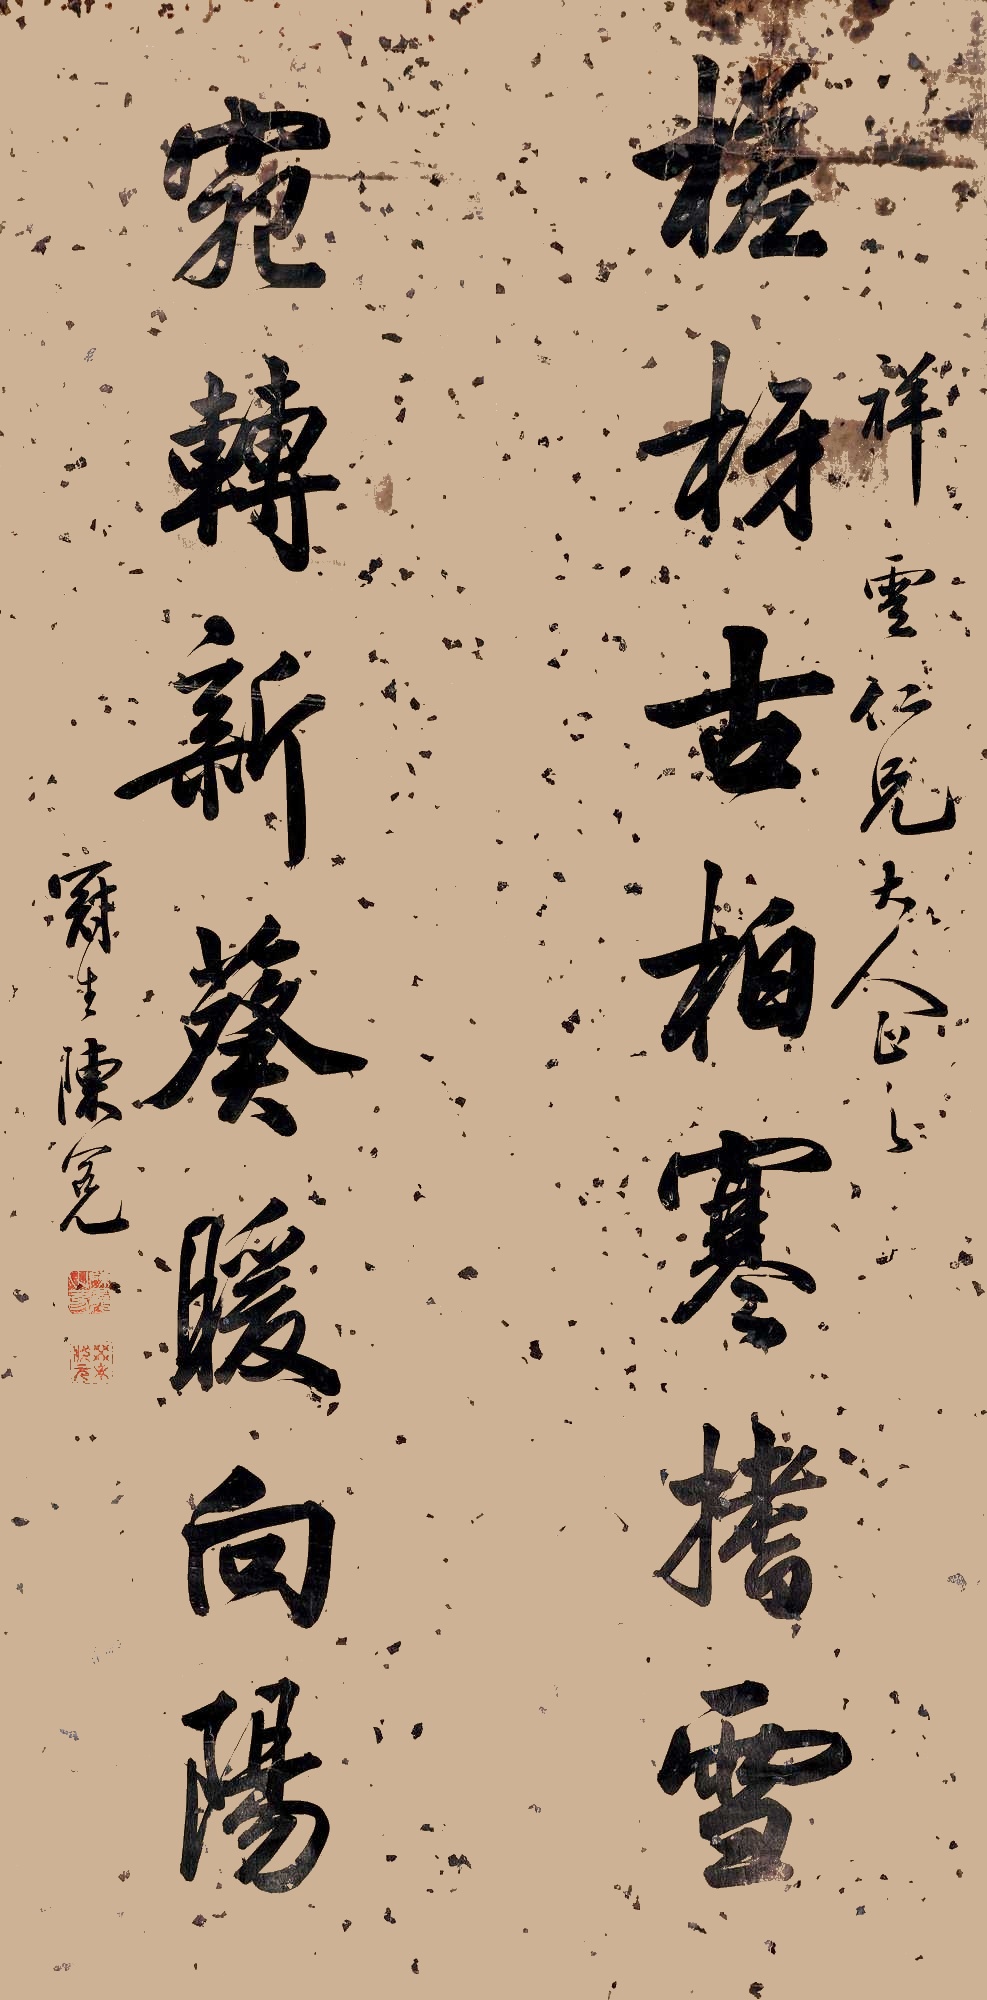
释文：槎枒古柏寒搘雪，宛转新葵暖向阳。祥云仁兄大人正之，冠生陈冕。